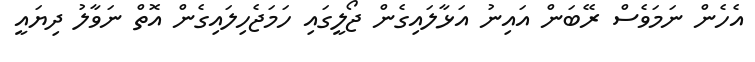
އެހެން ނަމަވެސް ރޭބަން އައިނު އަޅާލައިގެން ޖޯލީގައި ހަމަޖެހިލައިގެން އޮތް ނަވާލު ދިޔައީ